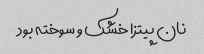
نان پیتزا خشک ‌و سوخته بود